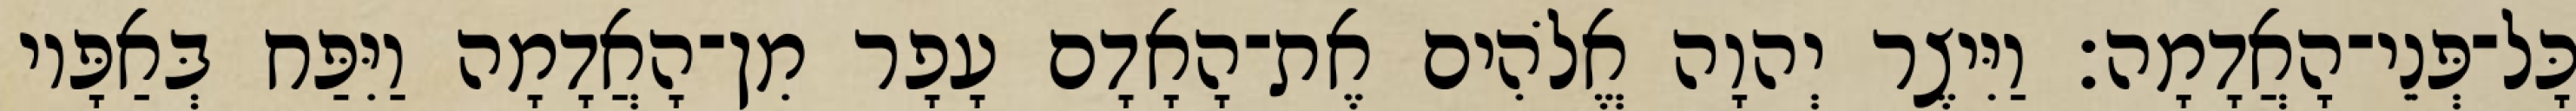
כָּל־פְּנֵי־הָאֲדָמָה׃ וַיִּיצֶר יְהוָה אֱלֹהִים אֶת־הָאָדָם עָפָר מִן־הָאֲדָמָה וַיִּפַּח בְּאַפָּיו